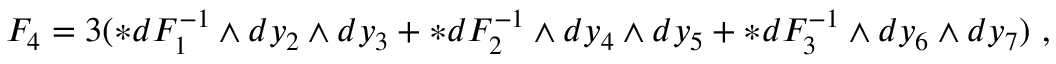
{ \cal F } _ { 4 } = 3 ( * d F _ { 1 } ^ { - 1 } \wedge d y _ { 2 } \wedge d y _ { 3 } + * d F _ { 2 } ^ { - 1 } \wedge d y _ { 4 } \wedge d y _ { 5 } + * d F _ { 3 } ^ { - 1 } \wedge d y _ { 6 } \wedge d y _ { 7 } ) \ ,